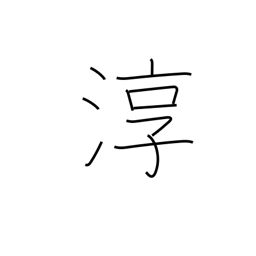
Meaning: pure